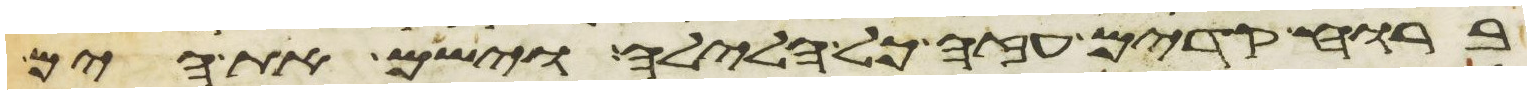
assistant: ברוח קדים עזה כל הלילה וישם את הים